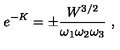
e ^ { - K } = \pm \frac { W ^ { 3 / 2 } } { \omega _ { 1 } \omega _ { 2 } \omega _ { 3 } } \ ,